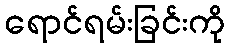
ရောင်ရမ်းခြင်းကို